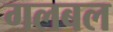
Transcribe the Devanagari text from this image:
गलबल